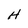
Character: H